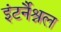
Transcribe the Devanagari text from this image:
इंटर्नैश्नल